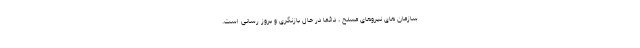
سازمان های نیروهای مسلح ، دائماً در حال بازنگری و بروز رسانی است.